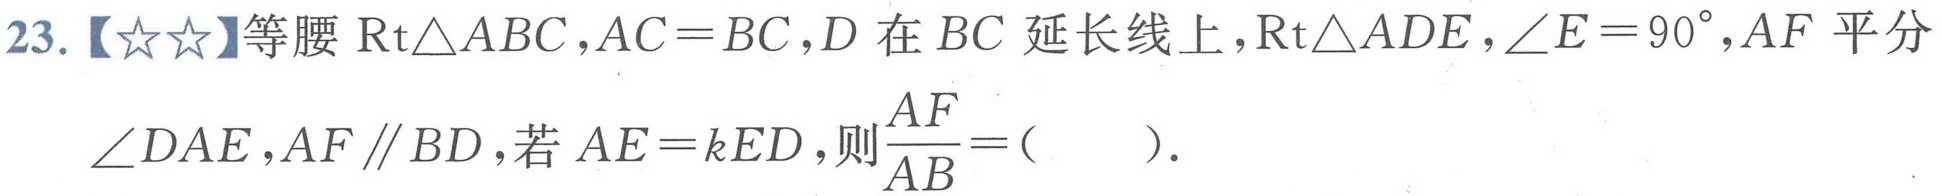
23.【☆☆】等腰 \(\text{Rt}\triangle ABC\)，\(AC = BC\)，\(D\) 在 \(BC\) 延长线上，\(\text{Rt}\triangle ADE\)，\(\angle E = 90^{\circ}\)，\(AF\) 平分 \(\angle DAE\)，\(AF\parallel BD\)，若 \(AE = kED\)，则 \(\dfrac{AF}{AB}=(\quad)\).